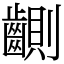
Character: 䶡